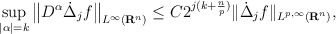
\begin{align*} \sup _{|\alpha|=k}\big\|D^{\alpha}\dot{\Delta}_j f\big\|_{L^{\infty}\left(\mathbf{R}^{n}\right)} \leq C 2^{j(k+\frac{n}{p})}\|\dot{\Delta}_jf\|_{L^{p, \infty}\left(\mathbf{R}^{n}\right)},\end{align*}